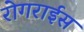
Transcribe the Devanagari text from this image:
रोगराईस